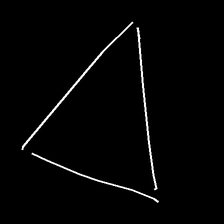
Glyph: convergence